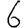
Digit: 6